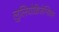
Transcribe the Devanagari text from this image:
लुलियोब्रिजेन्सियम